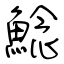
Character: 鯰